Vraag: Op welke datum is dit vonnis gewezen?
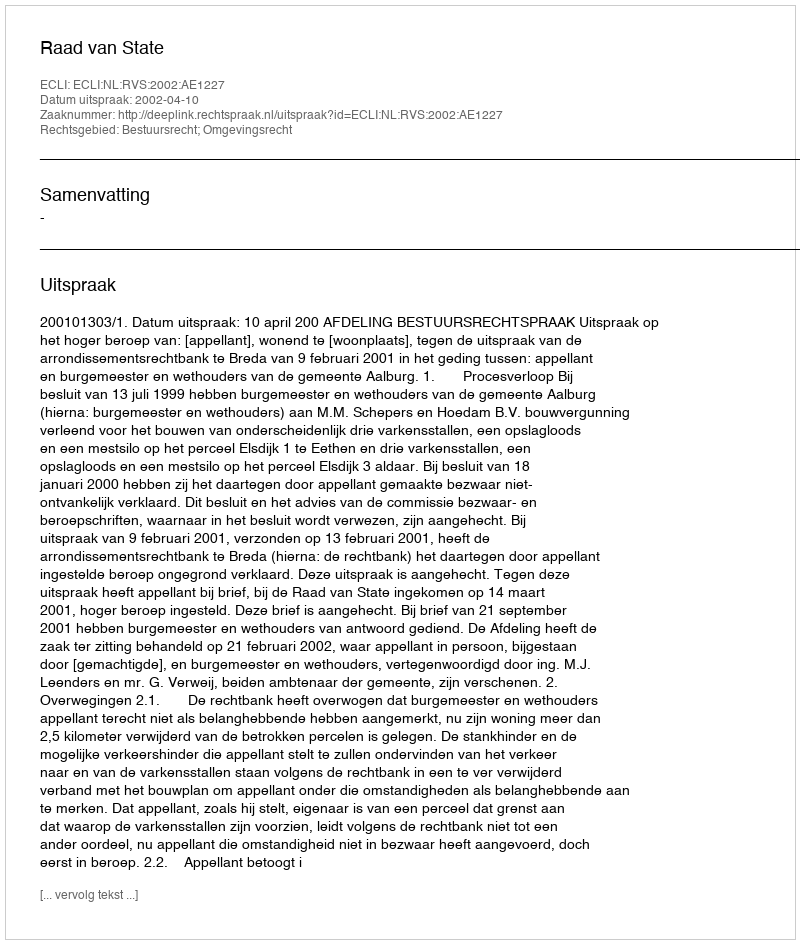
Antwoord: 2002-04-10